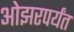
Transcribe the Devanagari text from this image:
ओझरपर्यंत